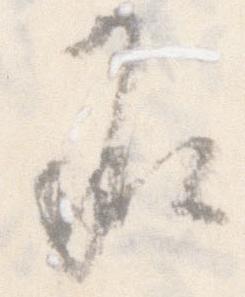
承